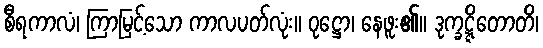
စီရကာလံ၊ ကြာမြင့်သော ကာလပတ်လုံး။ ဝုဋ္ဌော၊ နေဖူး၏။ ဒုက္ခဋ္ဋိတောတိ၊